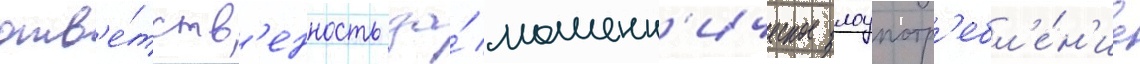
отв'е́тств'енность за́ мошенн'ическое злоупотр'ебл'е́н'ие